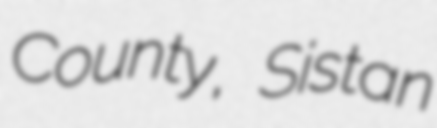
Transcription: County, Sistan